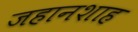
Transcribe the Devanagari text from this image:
जहानशाह